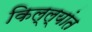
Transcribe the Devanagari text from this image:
किल्ल्यांत